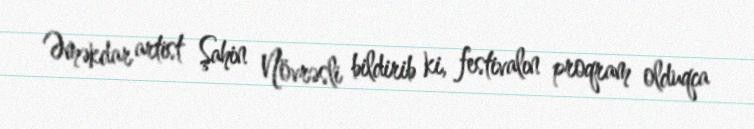
Əməkdar artist Şahin Növrəsli bildirib ki, festivalın proqram olduqca